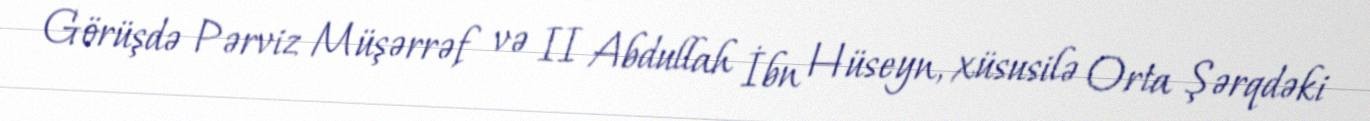
Görüşdə Pərviz Müşərrəf və II Abdullah İbn Hüseyn, xüsusilə Orta Şərqdəki